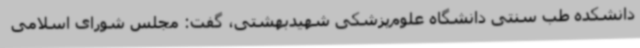
دانشکده طب سنتی دانشگاه علوم‌پزشکی شهیدبهشتی، گفت: مجلس شورای اسلامی